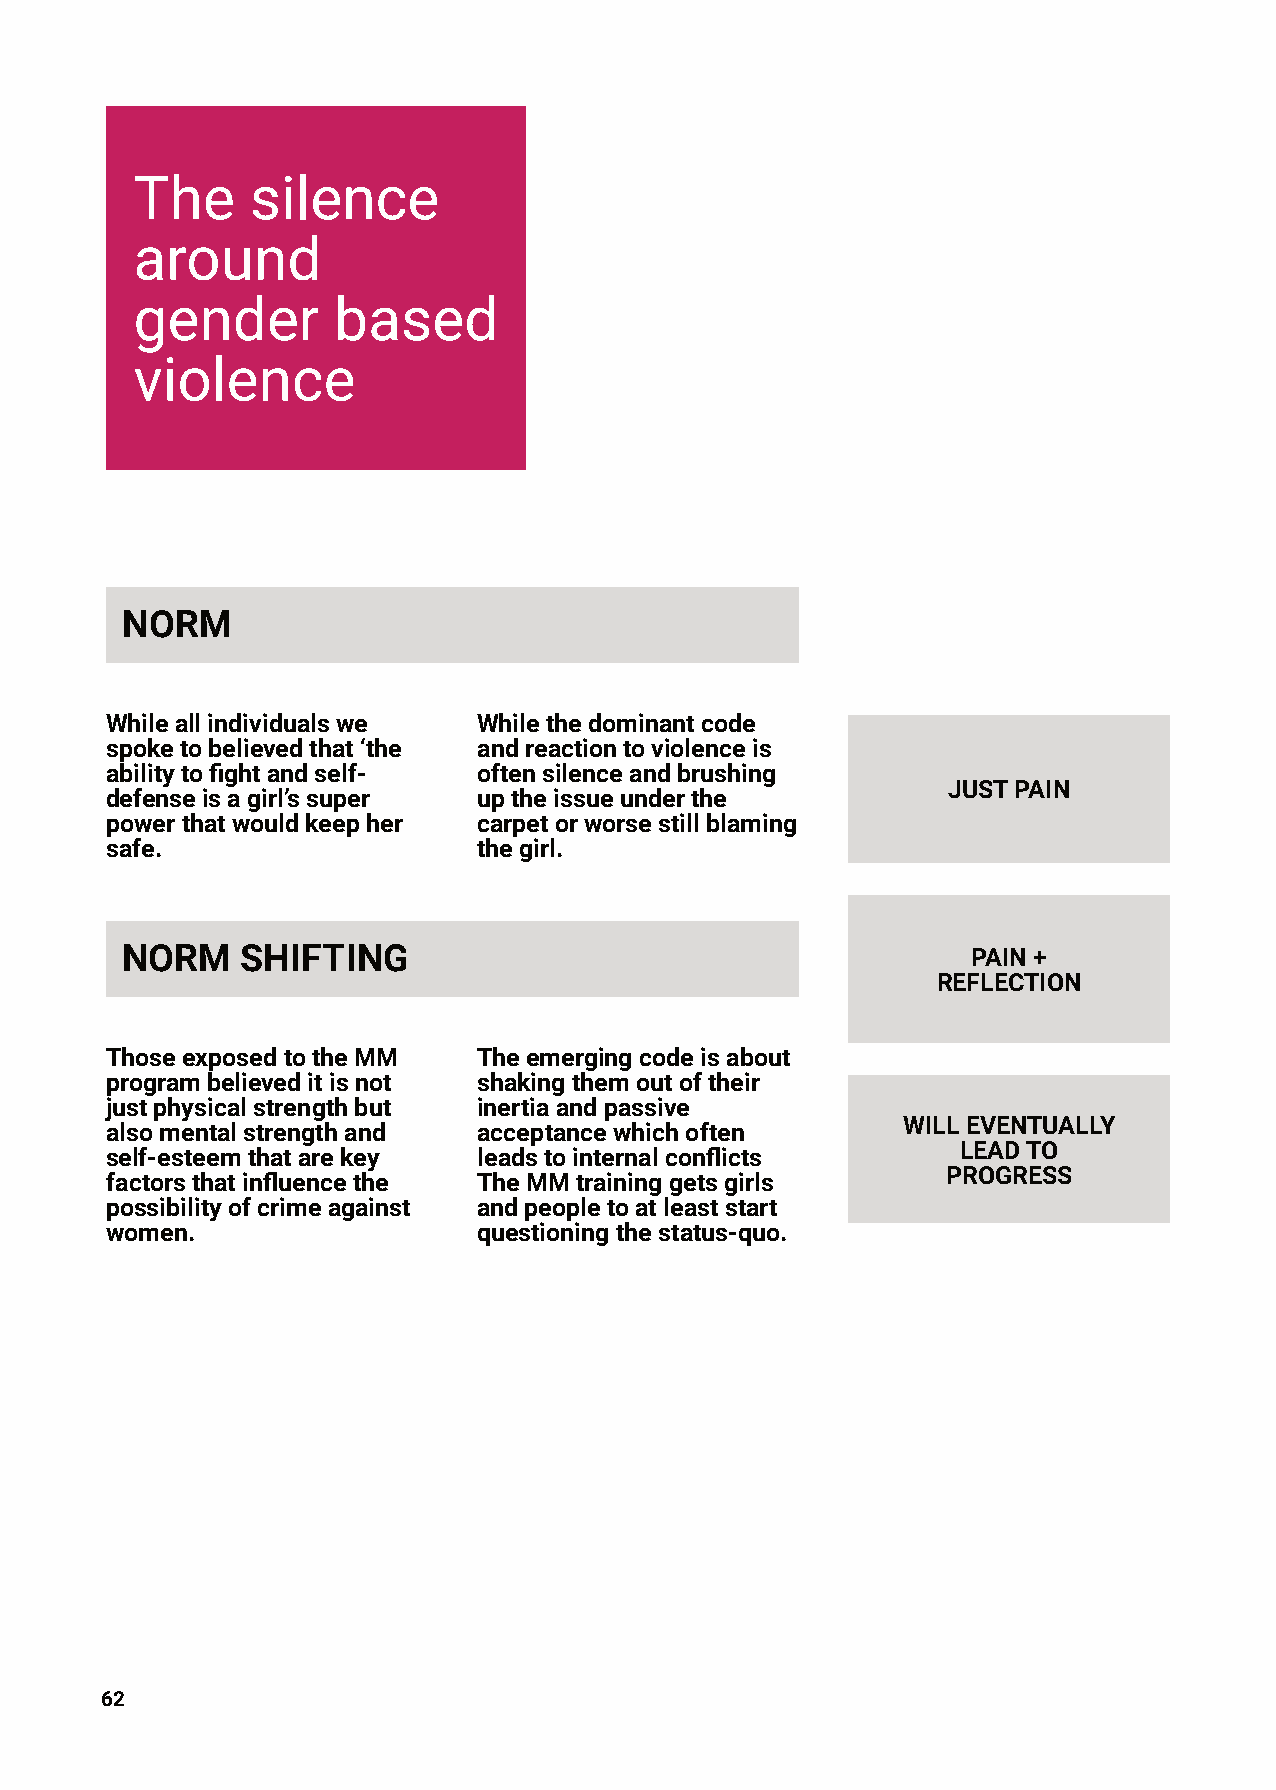
The     silence
 around
 gender       based
 violence
 NORM
 Whileallindividualswe    Whilethedominantcode
 spoketobelievedthat‘the  andreactiontoviolenceis
 abilitytofightandself-   oftensilenceandbrushing
 JUSTPAIN
 defenseisagirl’ssuper    uptheissueunderthe
 powerthatwouldkeepher    carpetorworsestillblaming
 safe.                    thegirl.
 NORM    SHIFTING                                        PAIN+
 REFLECTION
 ThoseexposedtotheMM      Theemergingcodeisabout
 programbelieveditisnot   shakingthemoutoftheir
 justphysicalstrengthbut  inertiaandpassive
 WILLEVENTUALLY
 alsomentalstrengthand    acceptancewhichoften
 LEADTO
 self-esteemthatarekey    leadstointernalconflicts
 PROGRESS
 factorsthatinfluencethe  TheMMtraininggetsgirls
 possibilityofcrimeagainst andpeopletoatleaststart
 women.                   questioningthestatus-quo.
 62